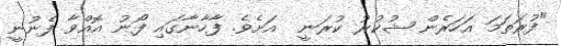
"ފުރަތަމަ އަހަރެން ޝުކުރު ކުރަނީ  އަށެވެ. ފާހާނާގައި ފޯނު އޮއްވާ ފެނުނީ